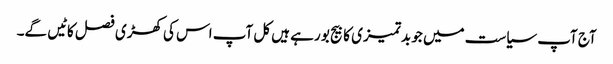
آج آپ سیاست میں جو بدتمیزی کا بیج بو رہے ہیں کل آپ اس کی کھڑی فصل کاٹیں گے۔